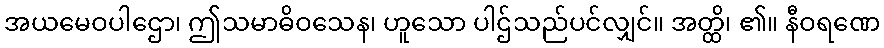
အယမေဝပါဌော၊ ဤသမာဓိဝသေန၊ ဟူသော ပါဌ်သည်ပင်လျှင်။ အတ္ထိ၊ ၏။ နီဝရဏေ